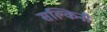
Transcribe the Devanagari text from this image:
सल्किनी